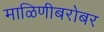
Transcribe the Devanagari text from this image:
माळिणीबरोबर